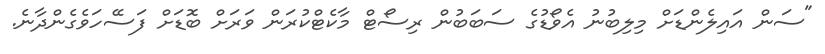
"ސަން އައިލެންޑަށް މިލިބުނު އެވޯޑުގެ ސަބަބުން ރިސޯޓް މާކެޓްކުރަން ވަރަށް ބޮޑަށް ފަސޭހަވެގެންދާނެ.